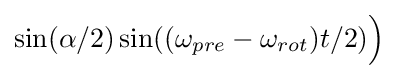
\sin(\alpha /2)\sin((\omega _{pre}-\omega _{rot})t/2){\Big )}